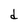
Character: d